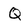
Character: Q